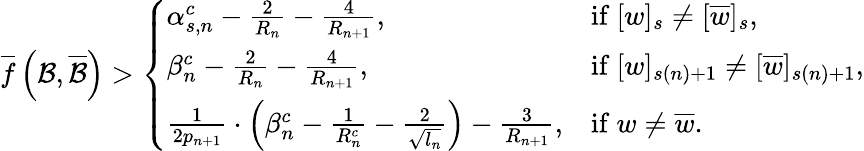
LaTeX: \overline{{f}}\left(\mathcal{B},\overline{{\mathcal{B}}}\right)>\left\{ \begin{array}{ll}{\alpha_{s,n}^{c}-\frac{2}{R_{n}}-\frac{4}{R_{n+1}},}&{\mathrm{if~}[w]_{s}\neq[\overline{{w}}]_{s},}\\ {\beta_{n}^{c}-\frac{2}{R_{n}}-\frac{4}{R_{n+1}},}&{\mathrm{if~}[w]_{s(n)+1}\neq[\overline{{w}}]_{s(n)+1},}\\ {\frac{1}{2p_{n+1}}\cdot\left(\beta_{n}^{c}-\frac{1}{R_{n}^{c}}-\frac{2}{\sqrt{l_{n}}}\right)-\frac{3}{R_{n+1}},}&{\mathrm{if~}w\neq\overline{{w}}.}\end{array}\right.